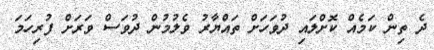
ދެ ތިން ކަމެއް ކޮށްލައި ދުވަހަށް ތައްޔާރު ވެލުމުން ދުވަސް ވަރަށް ފުރިހަމަ